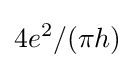
4e^{2}/{(\pi }h)